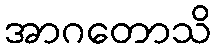
အာဂတောသိ